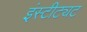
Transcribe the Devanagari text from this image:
इंस्टीट्यट